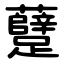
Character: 躠